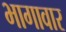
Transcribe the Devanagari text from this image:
भागावार